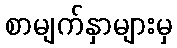
စာမျက်နှာများမှ